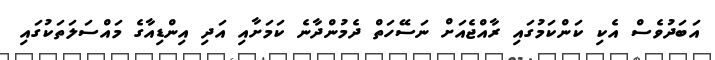
އަބަދުވެސް އެކި ކަންކަމުގައި ރާއްޖެއަށް ނަސޭހަތް ދެމުންދާނެ ކަމަށާއި އަދި އިންޑިއާގެ މައްސަލަތަކުގައި